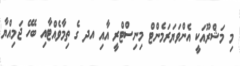
މި މަޝްރޫއަކީ އެންވަޔަރަމެންޓް މިނިސްޓްރީ އާއި އދ ގެ ތިމާވެއްޓާއި ބެހޭ ޖަމިއްޔާ